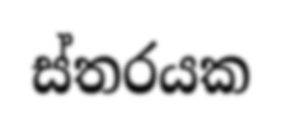
ස්තරයක